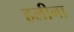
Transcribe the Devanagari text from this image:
हलीना